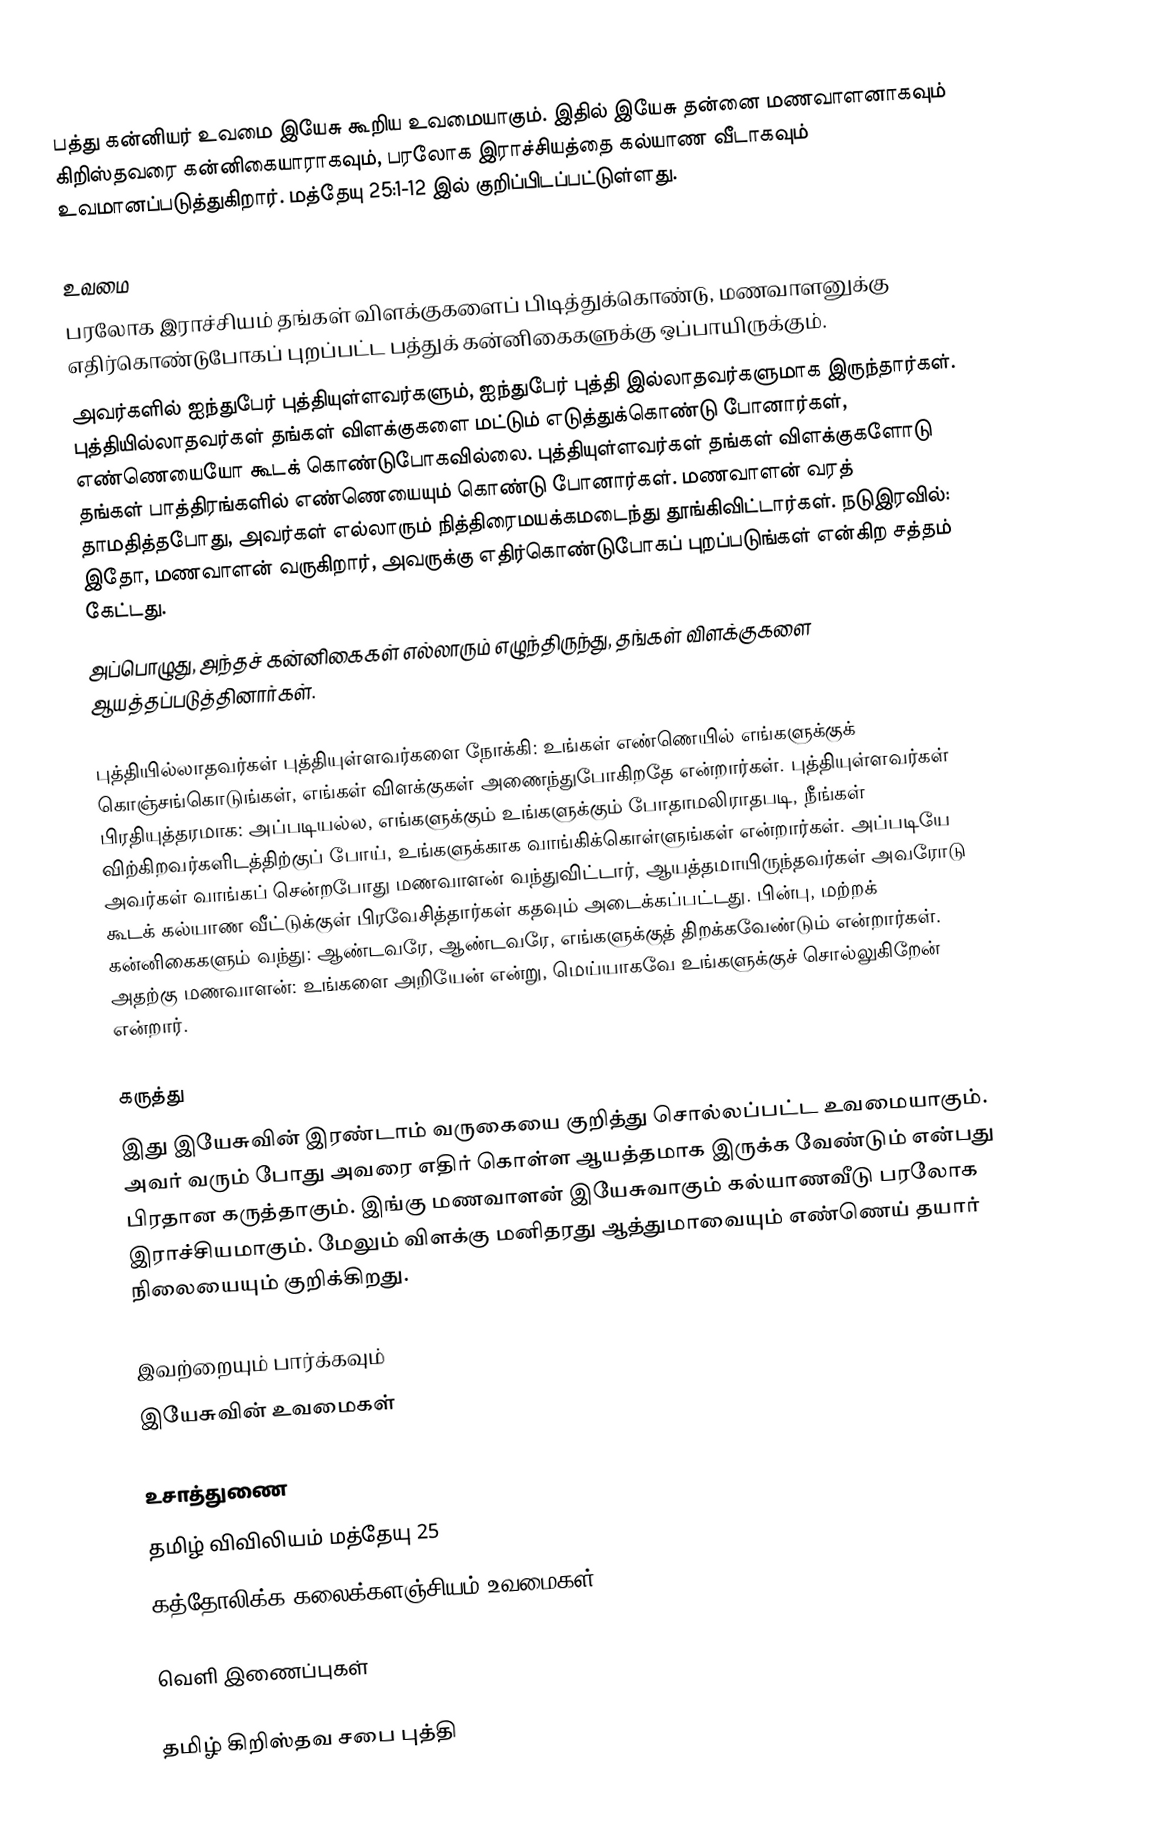
பத்து கன்னியர் உவமை இயேசு கூறிய உவமையாகும். இதில் இயேசு தன்னை மணவாளனாகவும் கிறிஸ்தவரை கன்னிகையாராகவும், பரலோக இராச்சியத்தை கல்யாண வீடாகவும் உவமானப்படுத்துகிறார். மத்தேயு 25:1-12 இல் குறிப்பிடப்பட்டுள்ளது.

உவமை
பரலோக இராச்சியம் தங்கள் விளக்குகளைப் பிடித்துக்கொண்டு, மணவாளனுக்கு எதிர்கொண்டுபோகப் புறப்பட்ட பத்துக்  கன்னிகைகளுக்கு ஒப்பாயிருக்கும்.
அவர்களில் ஐந்துபேர் புத்தியுள்ளவர்களும், ஐந்துபேர் புத்தி இல்லாதவர்களுமாக இருந்தார்கள். புத்தியில்லாதவர்கள் தங்கள் விளக்குகளை மட்டும் எடுத்துக்கொண்டு போனார்கள், எண்ணெயையோ கூடக் கொண்டுபோகவில்லை. புத்தியுள்ளவர்கள் தங்கள் விளக்குகளோடு தங்கள் பாத்திரங்களில் எண்ணெயையும் கொண்டு போனார்கள். மணவாளன் வரத் தாமதித்தபோது, அவர்கள் எல்லாரும் நித்திரைமயக்கமடைந்து தூங்கிவிட்டார்கள். நடுஇரவில்: இதோ, மணவாளன் வருகிறார், அவருக்கு எதிர்கொண்டுபோகப் புறப்படுங்கள் என்கிற சத்தம் கேட்டது.
அப்பொழுது, அந்தச் கன்னிகைகள் எல்லாரும் எழுந்திருந்து, தங்கள் விளக்குகளை ஆயத்தப்படுத்தினார்கள்.

புத்தியில்லாதவர்கள் புத்தியுள்ளவர்களை நோக்கி: உங்கள் எண்ணெயில் எங்களுக்குக் கொஞ்சங்கொடுங்கள், எங்கள் விளக்குகள் அணைந்துபோகிறதே என்றார்கள். புத்தியுள்ளவர்கள் பிரதியுத்தரமாக: அப்படியல்ல, எங்களுக்கும் உங்களுக்கும் போதாமலிராதபடி, நீங்கள் விற்கிறவர்களிடத்திற்குப் போய், உங்களுக்காக வாங்கிக்கொள்ளுங்கள் என்றார்கள். அப்படியே அவர்கள் வாங்கப் சென்றபோது மணவாளன் வந்துவிட்டார், ஆயத்தமாயிருந்தவர்கள் அவரோடு கூடக் கல்யாண வீட்டுக்குள் பிரவேசித்தார்கள் கதவும் அடைக்கப்பட்டது. பின்பு, மற்றக் கன்னிகைகளும் வந்து: ஆண்டவரே, ஆண்டவரே, எங்களுக்குத் திறக்கவேண்டும் என்றார்கள். அதற்கு மணவாளன்: உங்களை அறியேன் என்று, மெய்யாகவே உங்களுக்குச் சொல்லுகிறேன் என்றார்.

கருத்து
இது இயேசுவின் இரண்டாம் வருகையை குறித்து சொல்லப்பட்ட உவமையாகும். அவர் வரும் போது அவரை எதிர் கொள்ள ஆயத்தமாக இருக்க வேண்டும் என்பது பிரதான கருத்தாகும். இங்கு மணவாளன் இயேசுவாகும் கல்யாணவீடு பரலோக இராச்சியமாகும். மேலும் விளக்கு மனிதரது ஆத்துமாவையும் எண்ணெய் தயார் நிலையையும் குறிக்கிறது.

இவற்றையும் பார்க்கவும்
 இயேசுவின் உவமைகள்

உசாத்துணை
தமிழ் விவிலியம் மத்தேயு 25
 கத்தோலிக்க கலைக்களஞ்சியம் உவமைகள்

வெளி இணைப்புகள்

 தமிழ் கிறிஸ்தவ சபை  புத்தி